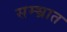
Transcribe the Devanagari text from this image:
सम्भ्रात